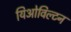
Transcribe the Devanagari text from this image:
यिओविल्टन